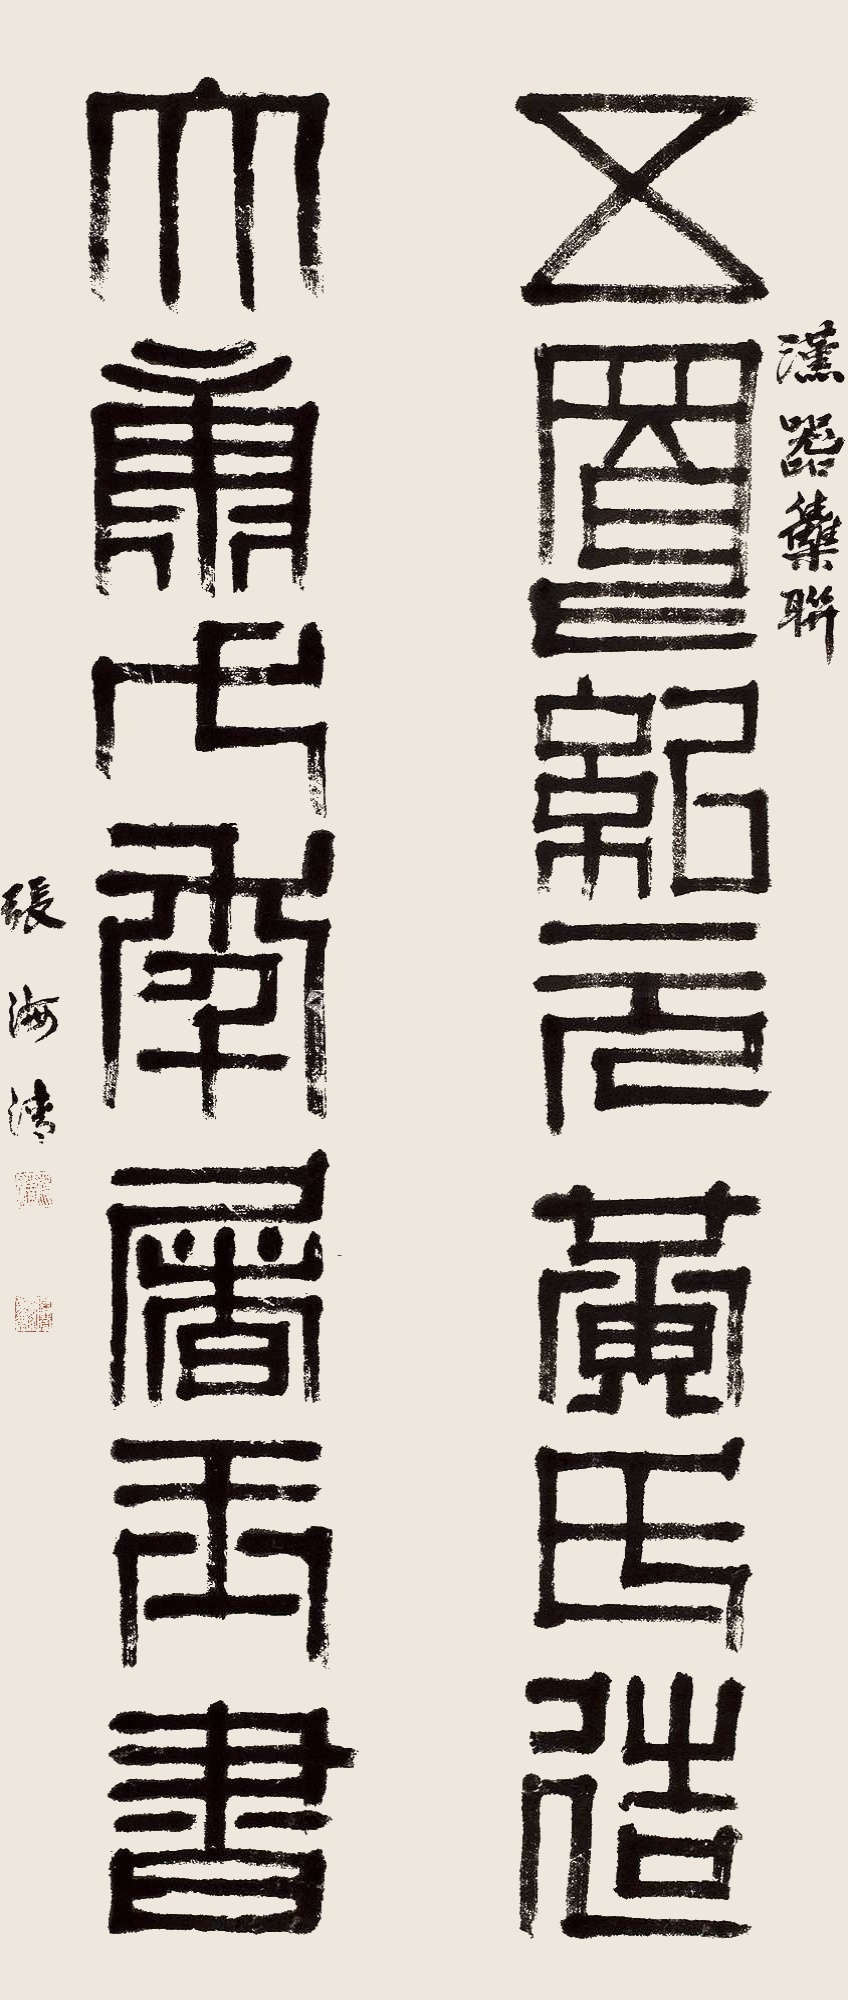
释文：五凤纪元黄氏造，大康七年屠玉书。汉器集联。张海清。